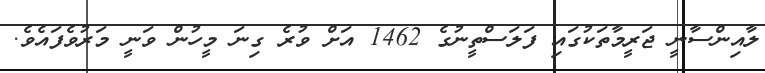
ލާއިންސާނީ ޖަރީމާތަކުގައި ފަލަސްތީނުގެ 1462 އަށް ވުރެ ގިނަ މީހުން ވަނީ މަރުވެފައެވެ.